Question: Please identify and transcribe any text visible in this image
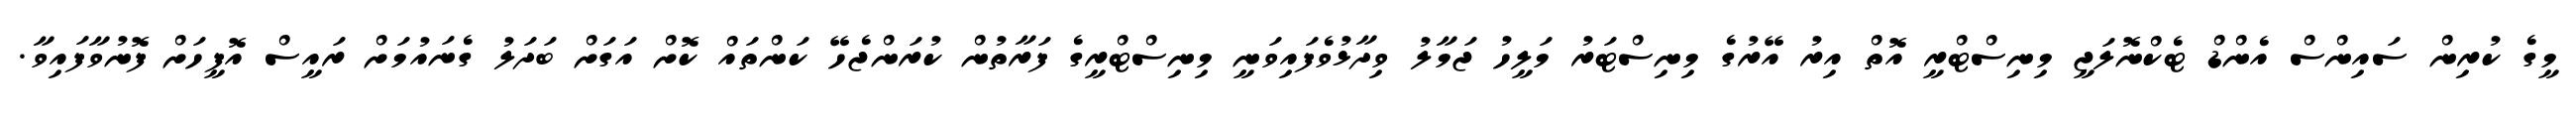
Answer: މީގެ ކުރިން ސައިންސް އެންޑް ޓެކްނޮލަޖީ މިނިސްޓްރީ އޮތް އިރު އޭރުގެ މިނިސްޓަރު މަލީހު ޖަމާލު ވިދާޅުވެފައިވަނީ މިނިސްޓްރީގެ ފަރާތުން ކުރަންޖެހޭ ކަންތައް ކޮށް އަގަށް ބަދަލު ގެނައުމަށް ރައީސް އޮފީހަށް ފޮނުވާފައިވާ.